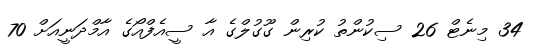
34 މިނެޓް 26 ސިކުންތު ކުރިން ގޫގުލްގެ އާ ސީއެފްއޯގެ އާމްދަނީއަށް 70